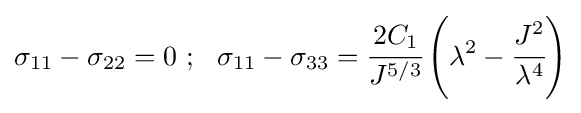
\sigma _{11}-\sigma _{22}=0~;~~\sigma _{11}-\sigma _{33}={\cfrac {2C_{1}}{J^{5/3}}}\left(\lambda ^{2}-{\cfrac {J^{2}}{\lambda ^{4}}}\right)